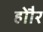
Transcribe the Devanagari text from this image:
होौर